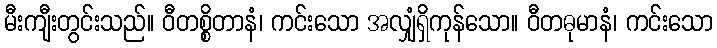
မီးကျီးတွင်းသည်။ ဝီတစ္စိတာနံ၊ ကင်းသော အလျှံရှိကုန်သော။ ဝီတဓုမာနံ၊ ကင်းသော